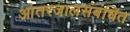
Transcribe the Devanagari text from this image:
आंतरजालसंबंधित